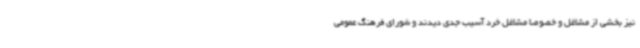
نیز بخشی از مشاغل و خصوصا مشاغل خرد آسیب جدی دیدند و شورای فرهنگ عمومی